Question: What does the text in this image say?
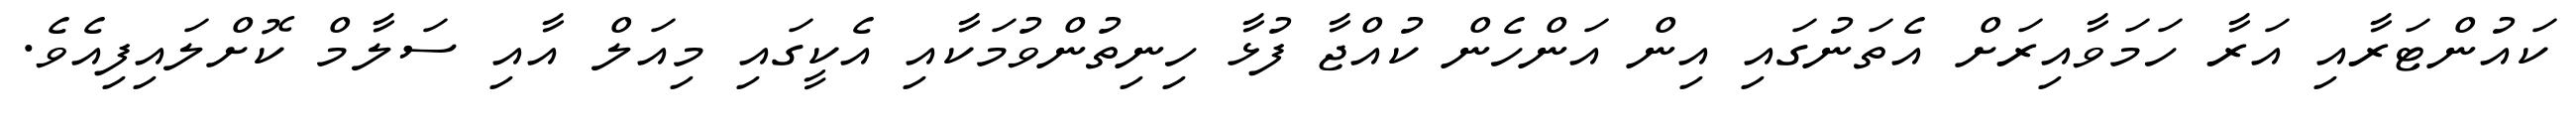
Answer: ކައުންޓަރާއި އަރާ ހަމަވާއިރަށް އެތަނުގައި އިން އަންހެން ކުއްޖާ ފުޅާ ހިނިތުންވުމަކާއި އެކީގައި މިއަލް އާއި ސަލާމް ކޮށްލައިފިއެވެ.